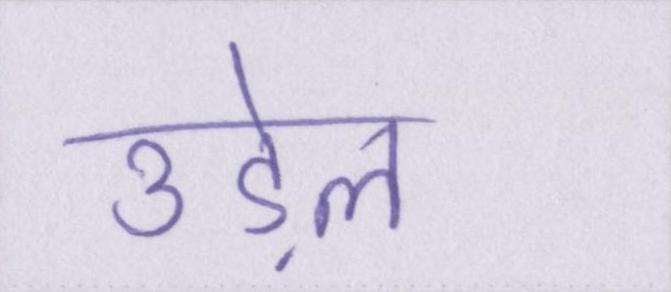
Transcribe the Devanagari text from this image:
उड़ेल